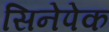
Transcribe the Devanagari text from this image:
सिनेपेक